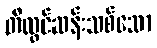
တီထွင်ဆန်းသစ်သော